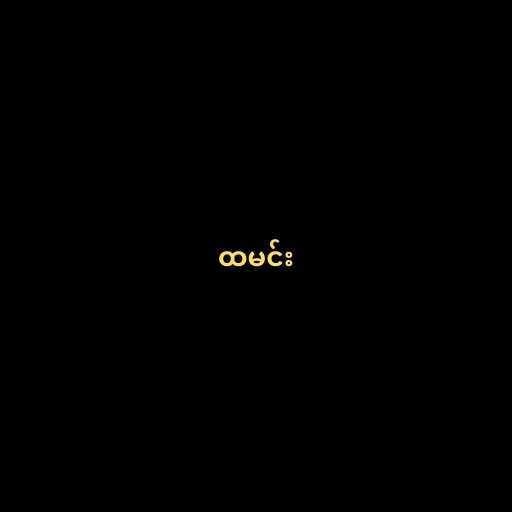
ထမင်း